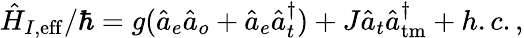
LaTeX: \hat{H}_{I,\mathrm{eff}}/\hbar=g(\hat{a}_{e}\hat{a}_{o}+\hat{a}_{e}\hat{a}_{t}^{\dagger})+J\hat{a}_{t}\hat{a}_{\mathrm{tm}}^{\dagger}+h.c.,